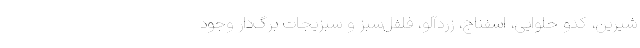
شیرین، کدو حلوایی، اسفناج، زردآلو، فلفل‌سبز و سبزیجات برگ‌دار وجود